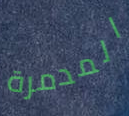
المدمرة